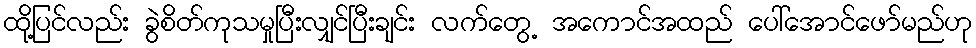
ထို့ပြင်လည်း ခွဲစိတ်ကုသမှုပြီးလျှင်ပြီးချင်း လက်တွေ့ အကောင်အထည် ပေါ်အောင်ဖော်မည်ဟု